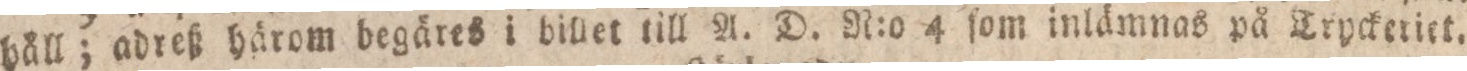
häll; adreß härom begäres i billet till A. D. R:o 4 ſom inlämnas på Trpckeriet.